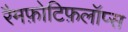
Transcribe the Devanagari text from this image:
रैमफ़ोटिफ़लॉप्स